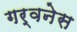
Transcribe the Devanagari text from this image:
गर्वनेस